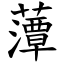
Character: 藫